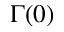
\Gamma ( 0 )